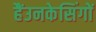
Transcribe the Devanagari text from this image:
हैंउनकेसिंगों